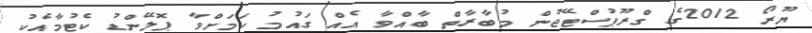
ޔޫރޯ 2012ގެ ގްރޫޕުސްޓޭޖުން މުބާރާތް ބާއްވާ އެއް ގައުމު ކަމަށްވާ ޕޮލޭންޑު ކެޓުމާއެކު